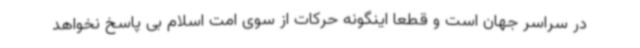
در سراسر جهان است و قطعا اینگونه حرکات از سوی امت اسلام بی پاسخ نخواهد